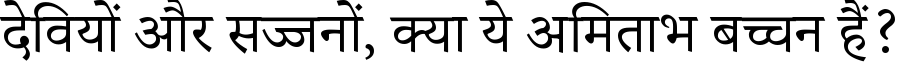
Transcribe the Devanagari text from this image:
देवियों और सज्जनों, क्या ये अमिताभ बच्चन हैं?